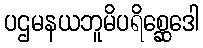
ပဌမနယဘူမိပရိစ္ဆေဒေါ